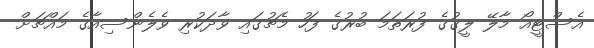
އެސްޓީއޯ މާލޭ ލީގުގެ ފުރަތަމަ ބުރުގެ ފަހު މެޗުގައި ވާދަކުރި ވެލެންސިއާގެ މައްޗަށް